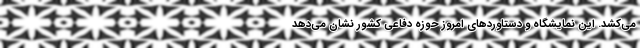
می‌کشد. این نمایشگاه و دستاوردهای امروز حوزه دفاعی کشور نشان می‌دهد